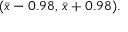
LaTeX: ( { \bar { x } } - 0 . 9 8 , \, { \bar { x } } + 0 . 9 8 ) .